Indian journal of veterinary science and animal husbandry - Volume 3,
Year: 1933
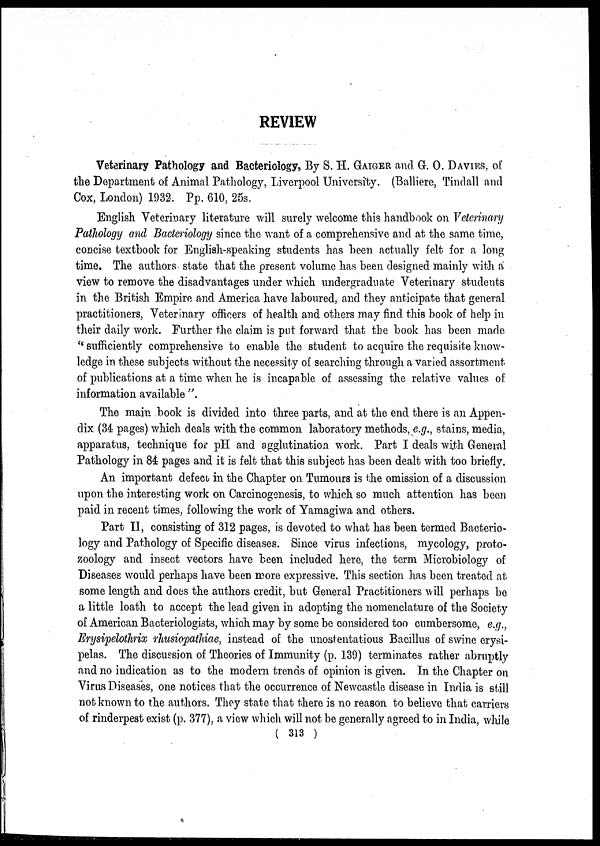
REVIEW
Veterinary Pathology and Bacteriology, By S. H. GAIGER and G. O. DAVIES, of
the Department of Animal Pathology, Liverpool University. (Balliere, Tindall and
Cox, London) 1932. Pp. 610, 25s.
English Veterinary literature will surely welcome this handbook on Veterinary
Pathology and Bacteriology since the want of a comprehensive and at the same time,
concise textbook for English-speaking students has been actually felt- for a long
time. The authors state that the present volume has been designed mainly with a
view to remove the disadvantages under which undergraduate Veterinary students
in the British Empire and America have laboured, and they anticipate that general
practitioners, Veterinary officers of health and others may find this book of help in
their daily work. Further the claim is put forward that the book has been made
" sufficiently comprehensive to enable the student to acquire the requisite know-
ledge in these subjects without the necessity of searching through a varied assortment
of publications at a time when he is incapable of assessing the relative values of
information available ".
The main book is divided into three parts, and at the end there is an Appen-
dix (34 pages) which deals with the common laboratory methods, e.g., stains, media,
apparatus, technique for pH and agglutination work. Part I deals with General
Pathology in 84 pages and it is felt that this subject has been dealt with too briefly.
An important defect in the Chapter on Tumours is the omission of a discussion
upon the interesting work on Carcinogenesis, to which so much attention has been
paid in recent times, following the work of Yamagiwa and others.
Part II, consisting of 312 pages, is devoted to what has been termed Bacterio-
logy and Pathology of Specific diseases. Since virus infections, mycology, proto-
zoology and insect vectors have been included here, the term Microbiology of
Diseases would perhaps have been more expressive. This section has been treated at
some length and does the authors credit, but General Practitioners will perhaps be
a little loath to accept the lead given in adopting the nomenclature of the Society
of American Bacteriologists, which may by some be considered too cumbersome, e.g.,
Erysipelothrix rhusiopathiae, instead of the unostentatious Bacillus of swine erysi-
pelas. The discussion of Theories of Immunity (p. 139) terminates rather abruptly
and no indication as to the modern trends of opinion is given. In the Chapter on
Virus Diseases, one notices that the occurrence of Newcastle disease in India is still
not known to the authors. They state that there is no reason to believe that carriers
of rinderpest exist (p. 377), a view which will not be generally agreed to in India, while
( 313 )